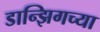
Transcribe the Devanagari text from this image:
डान्झिगच्या